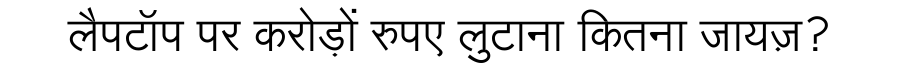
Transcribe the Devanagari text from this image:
लैपटॉप पर करोड़ों रुपए लुटाना कितना जायज़?